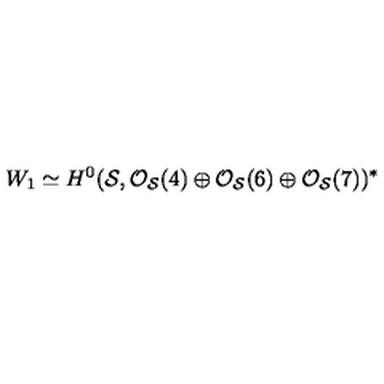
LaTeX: W _ { 1 } \simeq H ^ { 0 } ( { \cal S } , { \cal O } _ { { \cal S } } ( 4 ) \oplus { \cal O } _ { { \cal S } } ( 6 ) \oplus { \cal O } _ { { \cal S } } ( 7 ) ) ^ { * }